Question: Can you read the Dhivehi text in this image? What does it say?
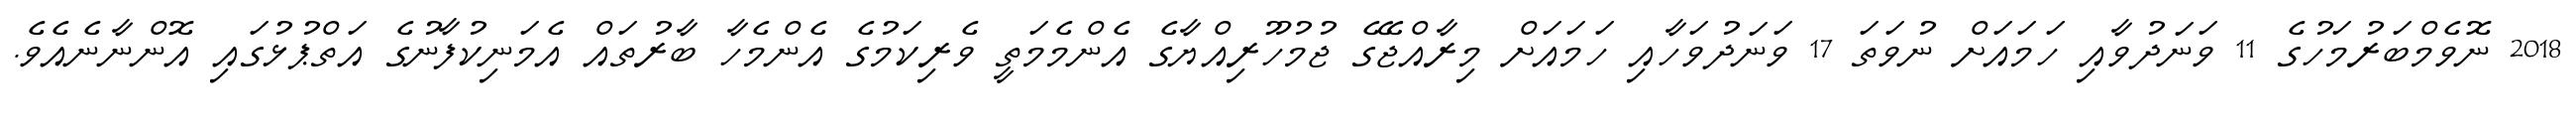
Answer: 2018 ނޮވެމްބަރުމަހުގެ 11 ވަނަދުވާއި ހަމައަށް ނުވަތަ 17 ވަނަދުވަހާއި ހަމައަށް މިރާއްޖޭގެ ޖުމުހޫރިއްޔާގެ އެންމެމަތީ ވެރިކަމުގެ އެންމެހާ ބާރުތައް އެމަނިކުފާނުގެ އަތްޕުޅުގައި އޮންނާނެއެވެ.